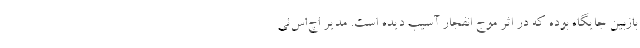
بازبین جایگاه بوده که در اثر موج انفجار آسیب دیده است. مدیر اچ‌اس‌ئی